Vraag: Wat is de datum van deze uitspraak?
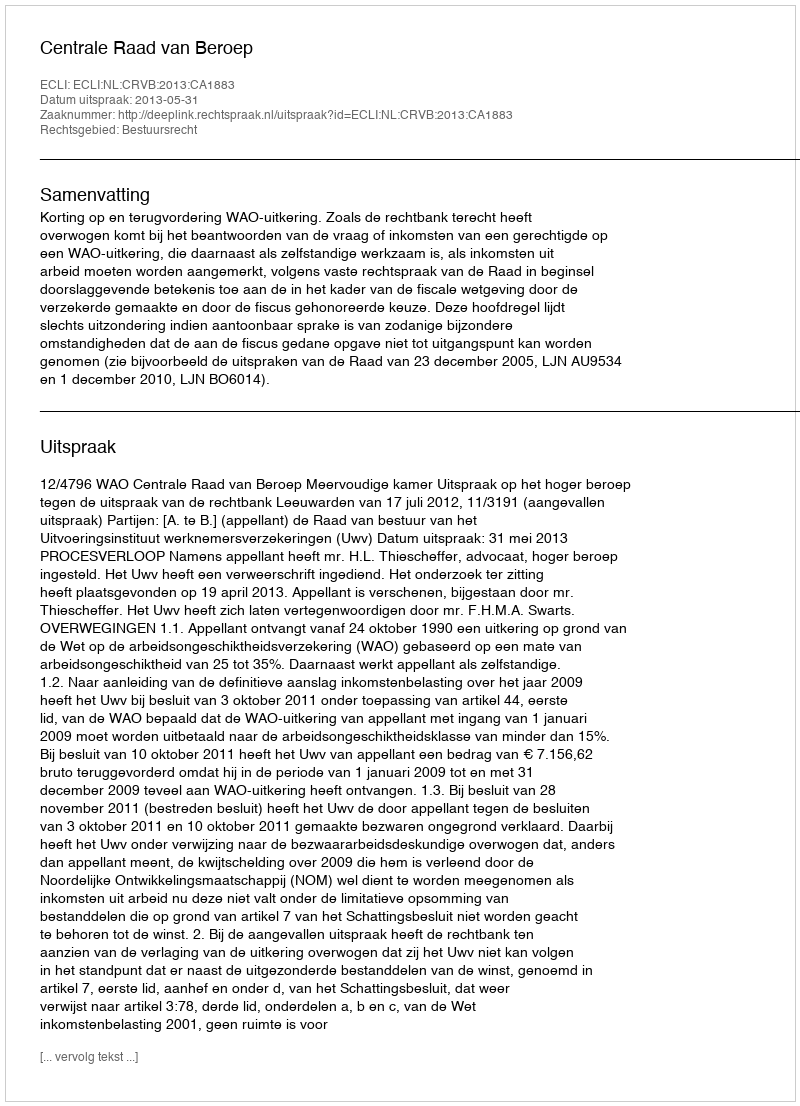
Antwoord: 2013-05-31